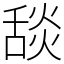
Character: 舕